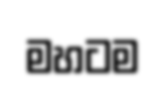
මහටම